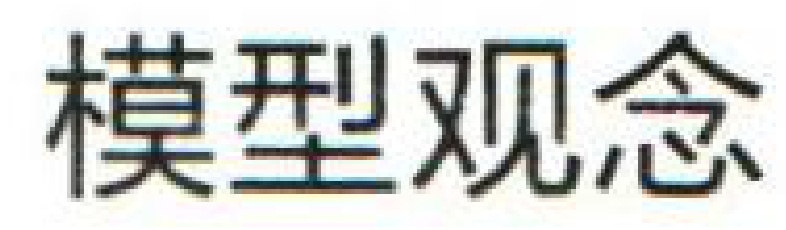
模型观念